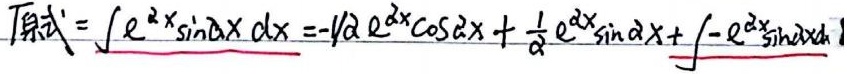
原式\( = \int e^{2x} \sin 2x \, dx = -\frac{1}{2} e^{2x} \cos 2x + \frac{1}{2} e^{2x} \sin 2x + \int - e^{2x} \sin 2x \, dx\)